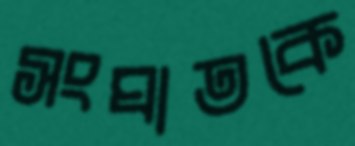
সংঘাতকে